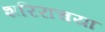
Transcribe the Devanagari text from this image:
शरिराचया